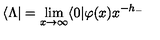
\langle \Lambda | = \lim _ { x \rightarrow \infty } \langle 0 | \varphi ( x ) x ^ { - h _ { - } }